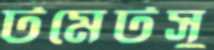
টমেটসু